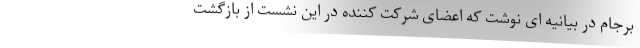
برجام در بیانیه ای نوشت که اعضای شرکت کننده در این نشست از بازگشت